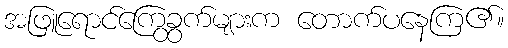
အဖြူရောင်ကြွေခွက်များက တောက်ပနေကြ၏။